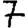
Digit: 7